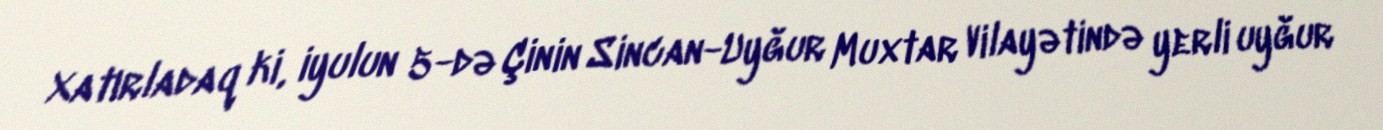
Xatırladaq ki, iyulun 5-də Çinin Sincan-Uyğur Muxtar Vilayətində yerli uyğur